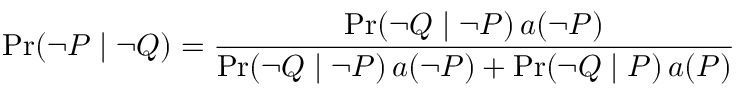
\operatorname* { P r } ( \lnot P \mid \lnot Q ) = { \frac { \operatorname* { P r } ( \lnot Q \mid \lnot P ) \, a ( \lnot P ) } { \operatorname* { P r } ( \lnot Q \mid \lnot P ) \, a ( \lnot P ) + \operatorname* { P r } ( \lnot Q \mid P ) \, a ( P ) } }